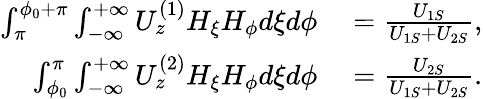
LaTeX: \begin{array}{rl}{\int_{\pi}^{\phi_{0}+\pi}\int_{-\infty}^{+\infty}U_{z}^{(1)}H_{\xi}H_{\phi}d\xi d\phi}&{{}=\frac{U_{1S}}{U_{1S}+U_{2S}},}\\ {\int_{\phi_{0}}^{\pi}\int_{-\infty}^{+\infty}U_{z}^{(2)}H_{\xi}H_{\phi}d\xi d\phi}&{{}=\frac{U_{2S}}{U_{1S}+U_{2S}}.}\end{array}